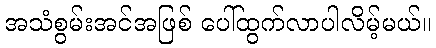
အသံစွမ်းအင်အဖြစ် ပေါ်ထွက်လာပါလိမ့်မယ်။